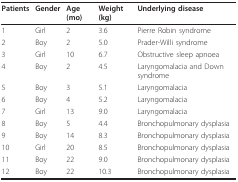
| Patients | Gender | Age (mo) | Weight (kg) | Underlying disease |
 | --- | --- | --- | --- | --- |
 | 1 | Girl | 2 | 3.6 | Pierre Robin syndrome |
 | 2 | Boy | 2 | 5.0 | Prader-Willi syndrome |
 | 3 | Girl | 10 | 6.7 | Obstructive sleep apnoea |
 | 4 | Boy | 2 | 4.5 | Laryngomalacia and Down syndrome |
 | 5 | Boy | 3 | 5.1 | Laryngomalacia |
 | 6 | Boy | 4 | 5.2 | Laryngomalacia |
 | 7 | Girl | 13 | 9.0 | Laryngomalacia |
 | 8 | Boy | 5 | 4.4 | Bronchopulmonary dysplasia |
 | 9 | Boy | 14 | 8.3 | Bronchopulmonary dysplasia |
 | 10 | Girl | 20 | 8.5 | Bronchopulmonary dysplasia |
 | 11 | Boy | 22 | 9.0 | Bronchopulmonary dysplasia |
 | 12 | Boy | 22 | 10.3 | Bronchopulmonary dysplasia |